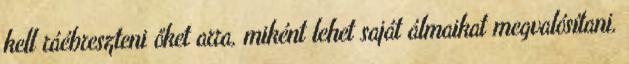
kell ráébreszteni őket arra, miként lehet saját álmaikat megvalósítani,